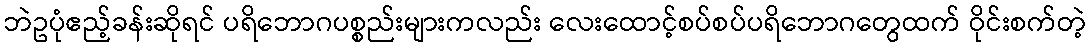
ဘဲဥပုံဧည့်ခန်းဆိုရင် ပရိဘောဂပစ္စည်းများကလည်း လေးထောင့်စပ်စပ်ပရိဘောဂတွေထက် ဝိုင်းစက်တဲ့